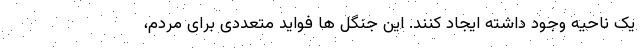
یک ناحیه وجود داشته ایجاد کنند. این جنگل ها فواید متعددی برای مردم،